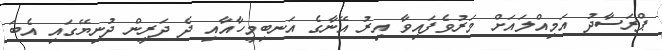
ޕްރަސާދު އަމިއްލައަށް މަރުވެފައިވާ އިރު އޭނާގެ އަނބިމީހާއާއި ދެ ދަރީން ދުނިޔޭގައި އެބަ